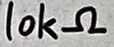
Text: 10kΩ